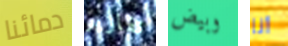
دمائنا تقارير وبيض أنا